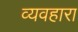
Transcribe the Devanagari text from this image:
व्यवहारा